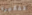
تفكيره